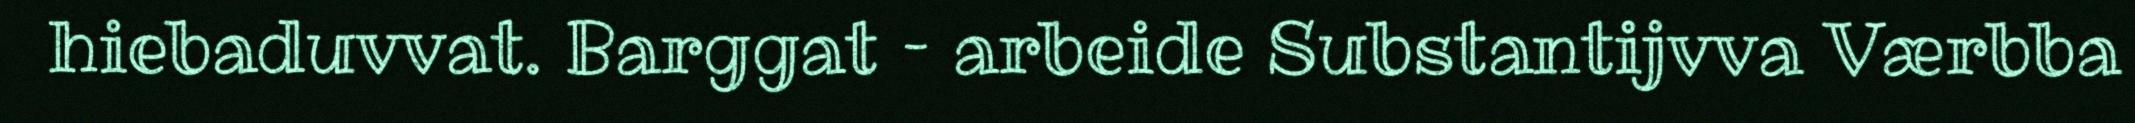
hiebaduvvat. Barggat – arbeide Substantijvva Værbba